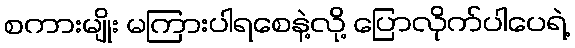
စကားမျိုး မကြားပါရစေနဲ့လို့ ပြောလိုက်ပါပေရဲ့